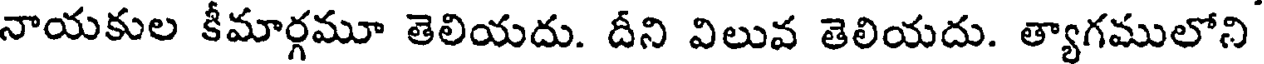
నాయకుల కీమార్గమూ తెలియదు. దీని విలువ తెలియదు. త్యాగములోని